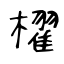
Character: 櫂